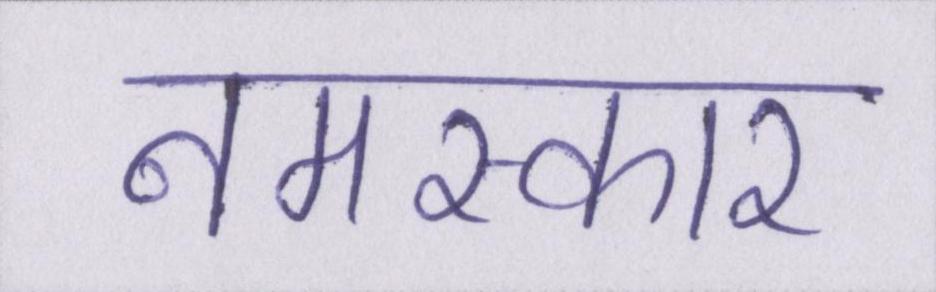
नमस्कार